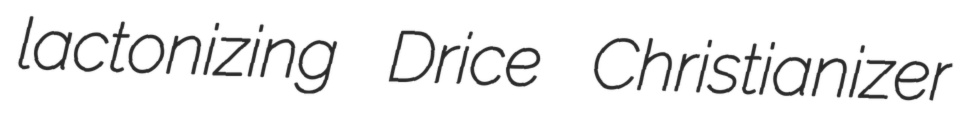
lactonizing Drice Christianizer